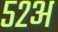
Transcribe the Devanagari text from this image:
५२अ